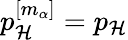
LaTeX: p_{\mathcal{H}}^{[m_{\alpha}]}=p_{\mathcal{H}}